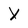
Character: X